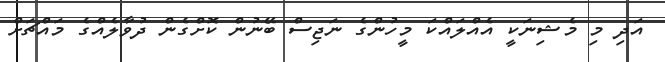
އަދި މި މެޝިނަކީ އެއްލައްކަ މީހުންގެ ނަޖިސް ބޭނުން ކޮށްގެން ދުވާލެއްގެ މައްޗަށް